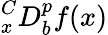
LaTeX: {}_{x}^{C}D_{b}^{p}f(x)